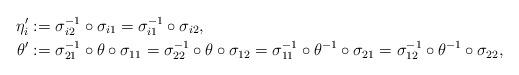
LaTeX: \begin{align*}\eta'_i &:= \sigma^{-1}_{i2} \circ \sigma_{i1} = \sigma^{-1}_{i1} \circ \sigma_{i2}, \\\theta' &:= \sigma^{-1}_{21} \circ \theta \circ \sigma_{11} = \sigma^{-1}_{22} \circ \theta \circ \sigma_{12} = \sigma^{-1}_{11} \circ \theta^{-1} \circ \sigma_{21} = \sigma^{-1}_{12} \circ \theta^{-1} \circ \sigma_{22},\end{align*}